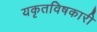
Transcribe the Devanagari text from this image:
यकृतविषकारी